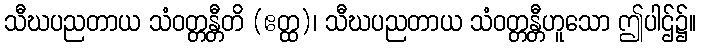
သီဃပညတာယ သံဝတ္တန္တီတိ (ဧတ္ထ)၊ သီဃပညတာယ သံဝတ္တန္တီဟူသော ဤပါဌ်၌။